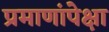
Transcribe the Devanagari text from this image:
प्रमाणांपेक्षा